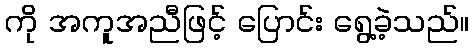
ကို အကူအညီဖြင့် ပြောင်း ရွေ့ခဲ့သည်။